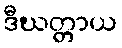
ဒီဃတ္တာယ